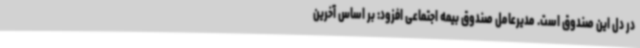
در دل این صندوق است. مدیرعامل صندوق بیمه اجتماعی افزود: بر اساس آخرین